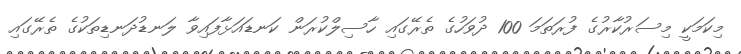
މިކަމަކީ މިސަރުކާރުގެ ފުރަތަމަ 100 ދުވަހުގެ ތެރޭގައި ހާސިލްކުރަން ކަނޑައަޅާފައިވާ ލަނޑުދަނޑިތަކުގެ ތެރޭގައި